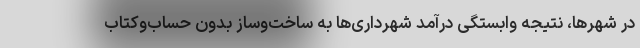
در شهرها، نتیجه وابستگی درآمد شهرداری‌ها به ساخت‌وساز بدون حساب‌وکتاب